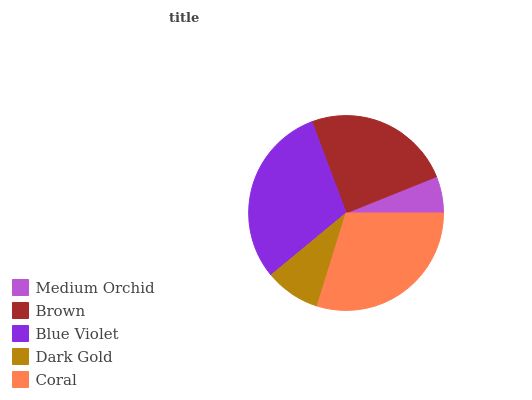
| Medium Orchid | Brown | Blue Violet | Dark Gold | Coral |
 | --- | --- | --- | --- | --- |
 | 6.08% | 24.7% | 30.2% | 9.22% | 29.8% |